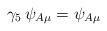
\begin{align*}\gamma_5 \, \psi_{A\mu } = \psi_{A\mu } \end{align*}